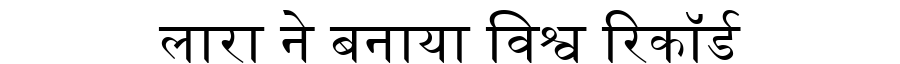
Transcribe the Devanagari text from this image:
लारा ने बनाया विश्व रिकॉर्ड